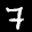
Label: 7